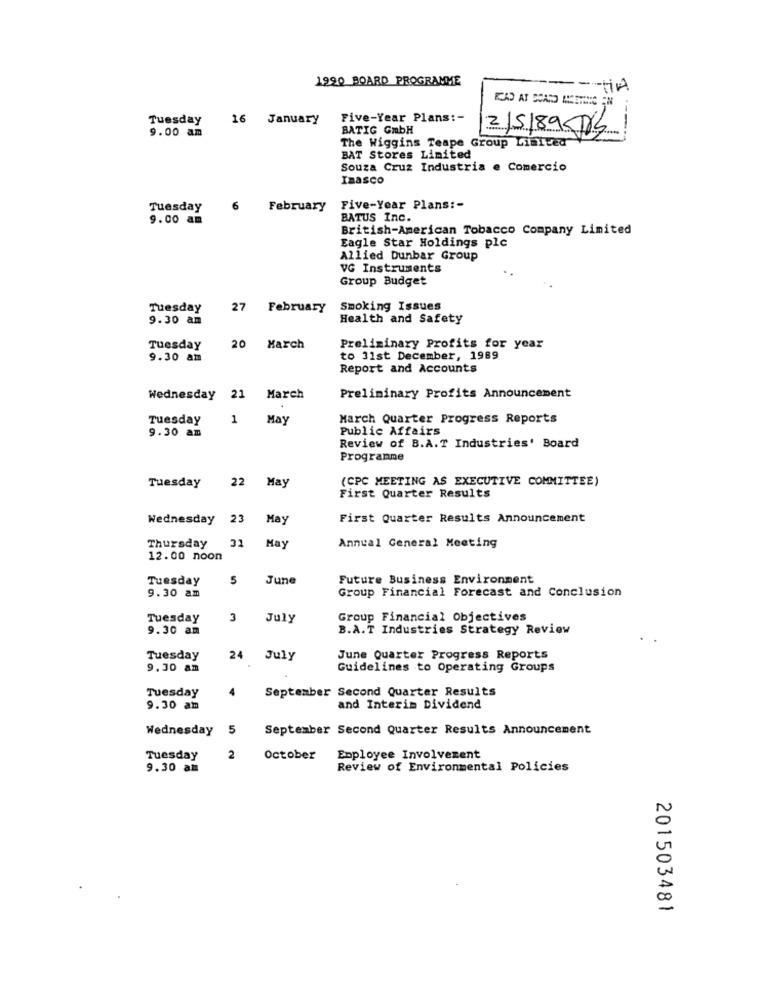
1990 BOARD PROGRAMME
Tuesday
16 January
Five-Year Plans :-
BATIG GmbH
2/5/89 Js
---
9.00 am
The Wiggins Teape Group Limited
BAT Stores Limited
Souza Cruz Industria e Comercio
Inasco
Tuesday
February
10
Five-Year Plans :-
9.00 am
BATUS Inc.
British-American Tobacco Company Limited
Eagle Star Holdings plc
Allied Dunbar Group
VG Instruments
Group Budget
Tuesday
27 February
Smoking Issues
9.30 am
Health and Safety
Tuesday
20 March
Preliminary Profits for year
9.30 am
to 31st December, 1989
Report and Accounts
Wednesday 21 March
Preliminary Profits Announcement
Tuesday
1
May
March Quarter Progress Reports
Public Affairs
9.30 am
Review of B.A.T Industries' Board
Programme
22
May
(CPC MEETING AS EXECUTIVE COMMITTEE)
Tuesday
First Quarter Results
Wednesday
23
May
First Quarter Results Announcement
Thursday
31
Annual General Meeting
May
12.00 noon
Tuesday
5
June
Future Business Environment
9.30 am
Group Financial Forecast and Conclusion
Tuesday
3
July
Group Financial Objectives
9.30 am
B.A.T Industries Strategy Review
Tuesday
24 July
June Quarter Progress Reports
9.30 am
Guidelines to Operating Groups
Tuesday
4
September Second Quarter Results
9.30 am
and Interim Dividend
Wednesday 5
September Second Quarter Results Announcement
Tuesday
2
October
Employee Involvement
9.30 am
Review of Environmental Policies
201503481